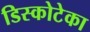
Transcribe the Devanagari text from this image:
डिस्कोटेका